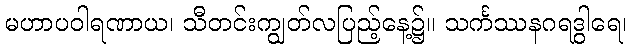
မဟာပဝါရဏာယ၊ သီတင်းကျွတ်လပြည့်နေ့၌။ သင်္ကဿနဂရဒွါရေ၊